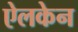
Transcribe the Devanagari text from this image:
ऐलकेन